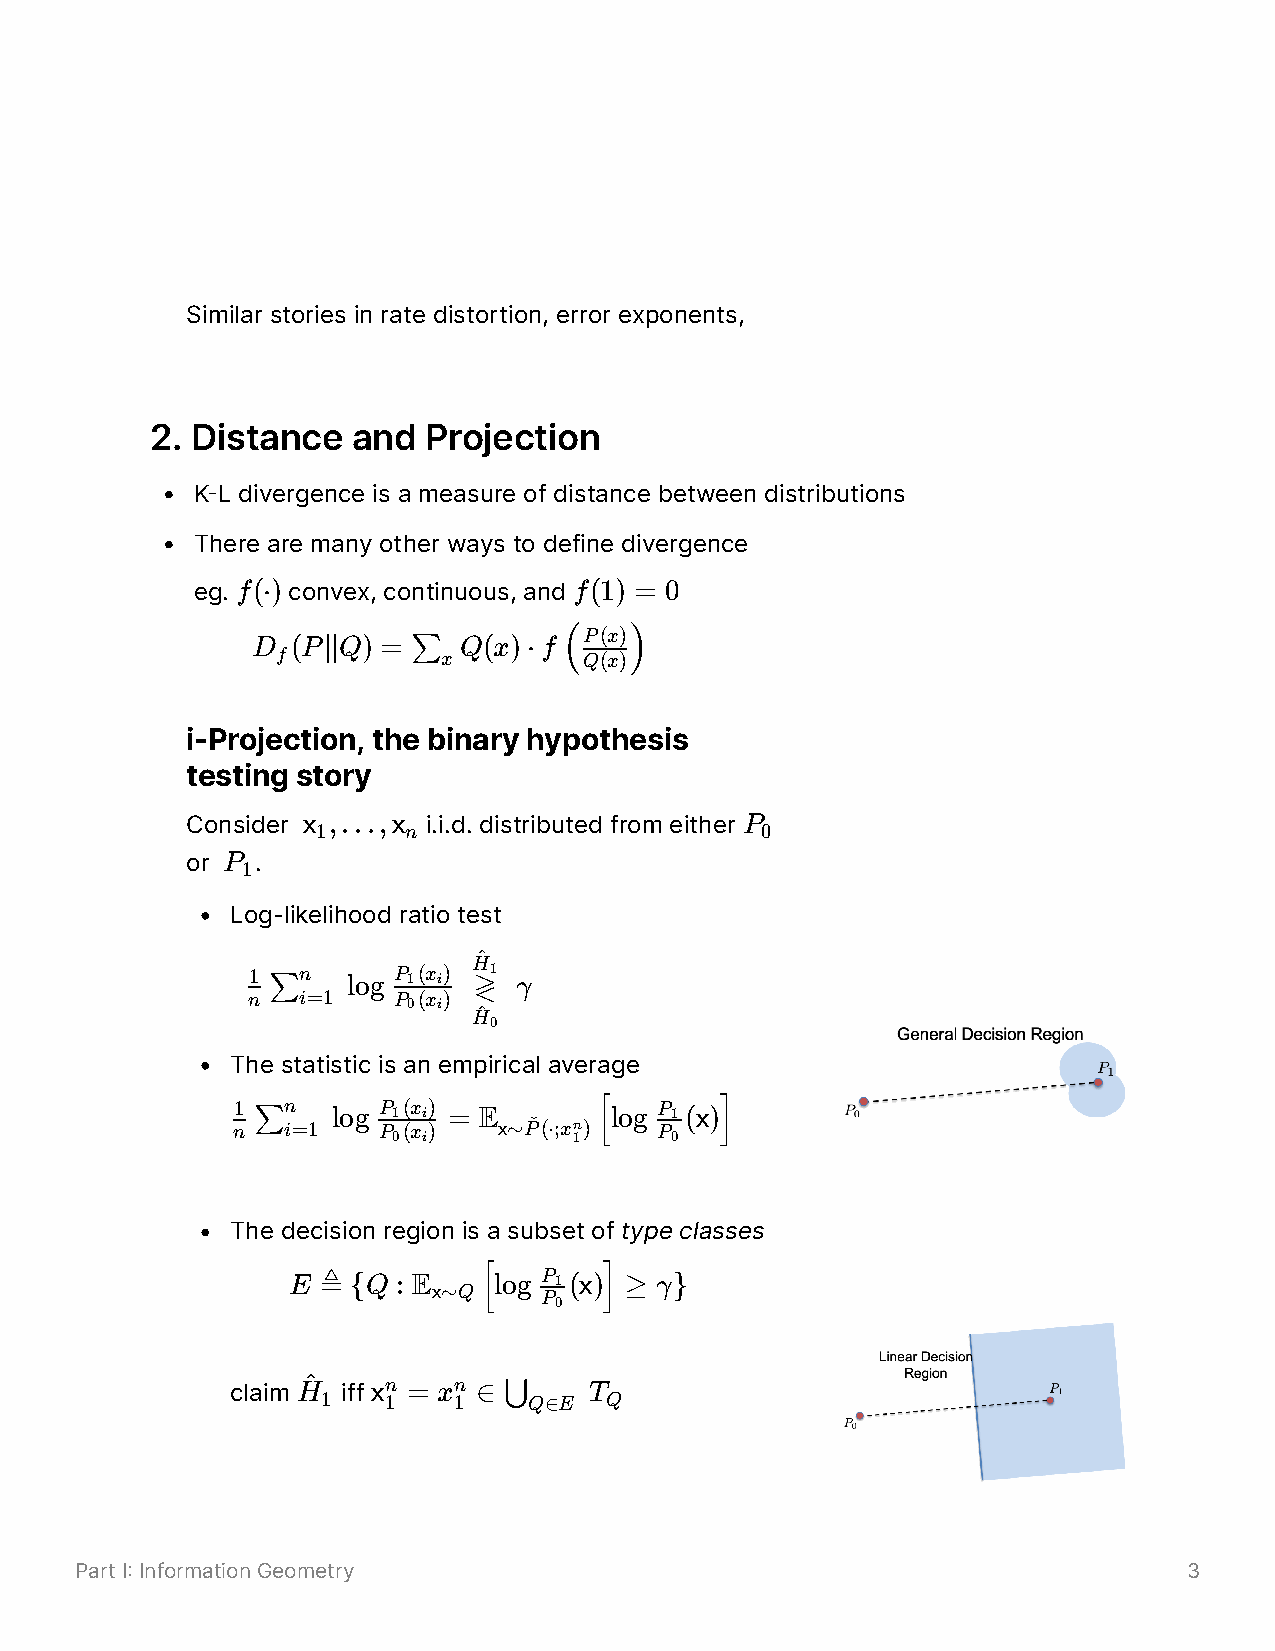
Similar stories in rate distortion, error exponents,
 2. Distance  and  Projection
 KL divergence is a measure of distance between distributions
 There are many other ways to define divergence
 eg. f(⋅) convex, continuous, and f(1) = 0
 D (P∣∣Q) = ∑ Q(x)⋅f
 P(x)
 f          x       (Q(x))
 i-Projection, the binary hypothesis
 testing story
 Consider x ,…,x i.i.d. distributed from either P
 1     n                      0
 or P .
 1
 Log-likelihood ratio test
 H^
 1 ∑n   log P 1(x i) ≷1 γ
 n   i=1   P 0(xi)
 H^
 0
 The statistic is an empirical average
 n1 ∑ in =1 log PP 01 (( xx ii )) = E x∼Pˇ(⋅;x 1n)[log PP 01 (x) ]
 The decision region is a subset of type classes
 E ≜ {Q : Ex∼Q [log PP 1 (x)
 ]
 ≥ γ}
 0
 claim H^ iff xn = xn ∈ ⋃ T
 1   1    1    Q∈E  Q
 Part I Information Geometry                                              3